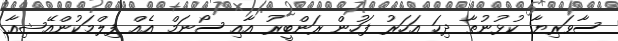
ސާވަރިޔާ ކުޅުނުތާ ދިހަ އަހަރު ފަހުން ރަންބީރު އާއި ސޯނަމް އެއް ފިލްމަކުންއޭޝިއާ